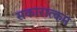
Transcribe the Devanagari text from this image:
सकारात्‍कम